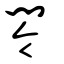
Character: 閝